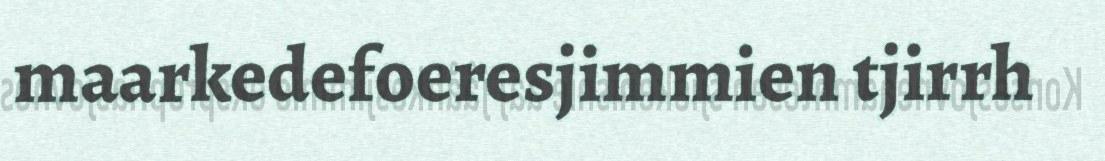
maarkedefoeresjimmien tjirrh